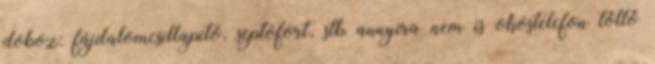
doboz: fájdalomcsillapító, septofort, stb annyira nem is okostelefon töltő